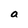
Character: a